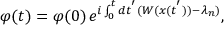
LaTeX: \varphi ( t ) = \varphi ( 0 ) \, e ^ { i \int _ { 0 } ^ { t } d t ^ { ' } ( W ( x ( t ^ { ' } ) ) - \lambda _ { n } ) } ,